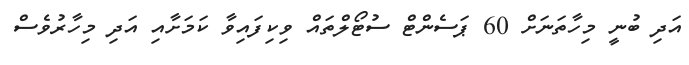
އަދި ބުނީ މިހާތަނަށް 60 ޕަސެންޓް ސުޓޯލްތައް ވިކިފައިވާ ކަމަށާއި އަދި މިހާރުވެސް